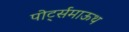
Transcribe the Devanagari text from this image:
पोर्ट्समाऊथ